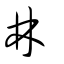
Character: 林